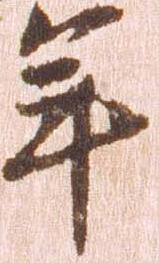
年